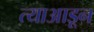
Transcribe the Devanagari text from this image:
त्याआडून